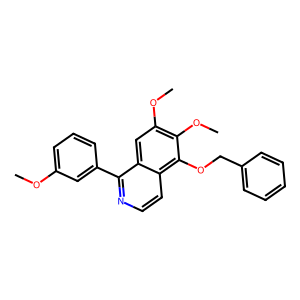
SMILES: COc1cccc(-c2nccc3c(OCc4ccccc4)c(OC)c(OC)cc23)c1
Inhibits HIV replication: No